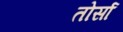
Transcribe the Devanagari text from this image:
तोर्सा